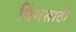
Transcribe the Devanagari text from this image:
विंगसाठी